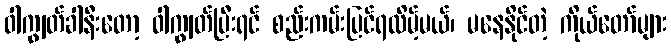
ဝါကျွတ်ခါနီးတော့ ဝါကျွတ်ပြီးရင် စည်းကမ်းပြင်ရလိမ့်မယ်၊ မနေနိုင်တဲ့ ကိုယ်တော်များ